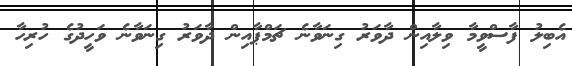
އެބިލު ފާސްވީމާ ވިލާއިން ދާވަރު ގިނަވާނެ ޗަމްޕާއިން ދާވަރު ގިނަވާނެ ވަހީދުގެ ހުރިހާ